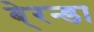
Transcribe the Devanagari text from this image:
बे्रन्डा